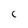
Character: c